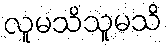
လူမသိသူမသိ